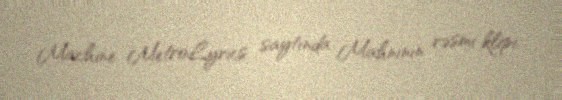
Machine MetroLyrics saytında Mahnının rəsmi klipi.